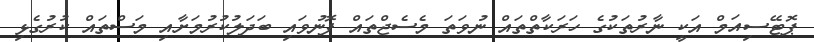
ޕޮޓޭސިއަމް އަކީ ނާރުތަކުގެ ހަރަކާތްތައް ނުވަތަ މެސެޖްތައް ފޮނުވައި ބަދަލުކުރުމަށާއި މަސްތައް ކުރުގެޅި